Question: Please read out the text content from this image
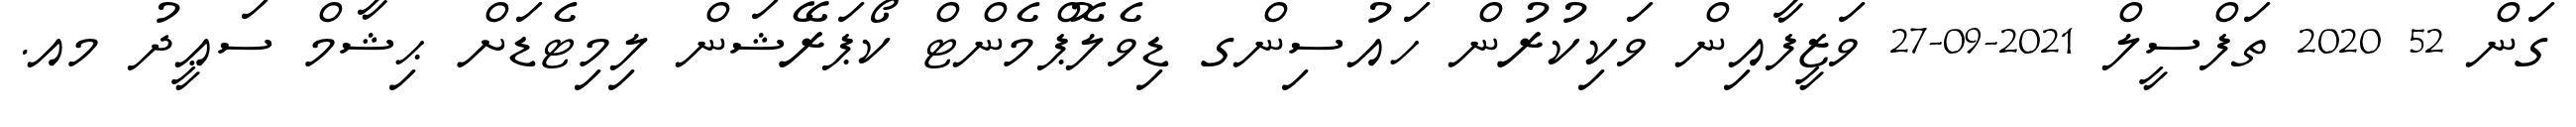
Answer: ގަން 52 2020 ތަފްސީލް 2021-09-27 ވަޒީފާއިން ވަކިކުރުން ހައުސިންގ ޑިވެލޮޕްމެންޓް ކޯޕަރޭޝަން ލިމިޓެޑަށް ޙިޝާމް ސަޢީދު މއ.